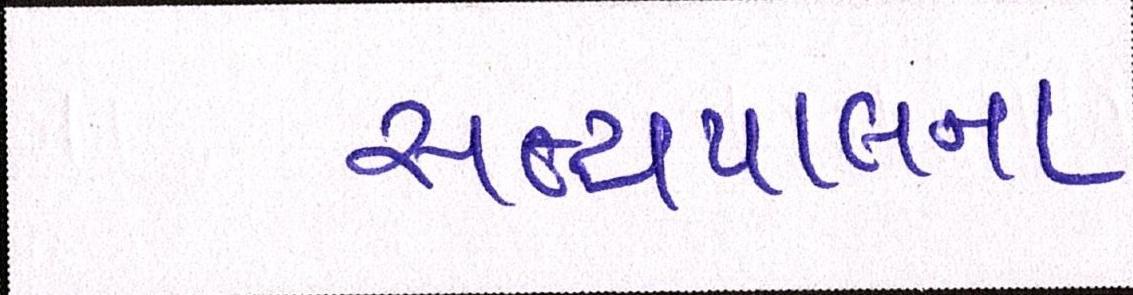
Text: સત્યપાલના